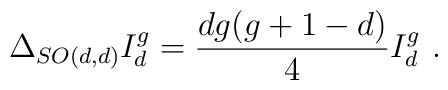
\Delta_{SO(d,d)} I_d^g = \frac{d g(g+1-d)}{4} I_d^g\ .